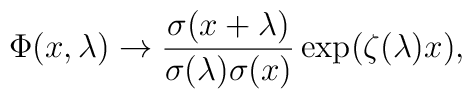
\Phi (x,\lambda )\rightarrow {\frac{\sigma (x+\lambda )}{{\sigma (\lambda)\sigma (x)}}}\exp ({\zeta (\lambda )x}),